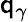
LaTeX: \mathsf{q}_{\gamma}